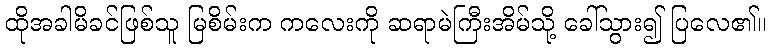
ထိုအခါမိခင်ဖြစ်သူ မြစိမ်းက ကလေးကို ဆရာမဲကြီးအိမ်သို့ ခေါ်သွား၍ ပြလေ၏။